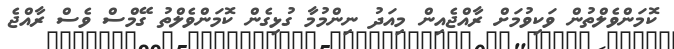
ކޮމަންވެލްތުން ވަކިވުމަށް ރާއްޖެއިން މިއަދު ނިންމުމާ ގުޅިގެން ކޮމަންވެލްތު ގޭމްސް ވެސް ރާއްޖެ